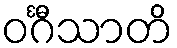
ဝင်္ဂီသာတိ